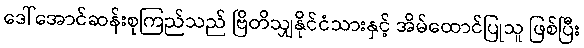
ဒေါ်အောင်ဆန်းစုကြည်သည် ဗြိတိသျှနိုင်ငံသားနှင့် အိမ်ထောင်ပြုသူ ဖြစ်ပြီး